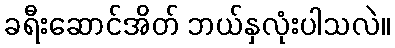
ခရီးဆောင်အိတ် ဘယ်နှလုံးပါသလဲ။